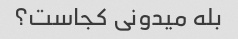
بله میدونی کجاست؟